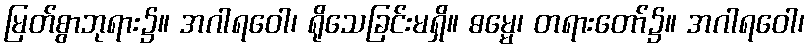
မြတ်စွာဘုရား၌။ အဂါရဝေါ၊ ရိုသေခြင်းမရှိ။ ဓမ္မေ၊ တရားတော်၌။ အဂါရဝေါ၊